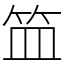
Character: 笽